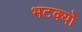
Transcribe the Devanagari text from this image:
भटक्‍यो